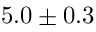
5 . 0 \pm 0 . 3